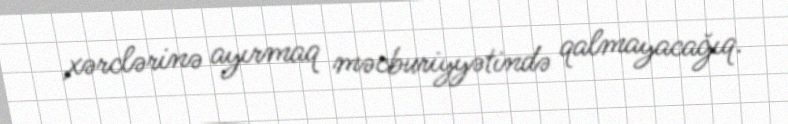
xərclərinə ayırmaq məcburiyyətində qalmayacağıq.